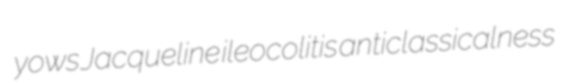
yows Jacqueline ileocolitis anticlassicalness